Leprosy in India: report of the Leprosy Commission in India, 1890-91
Year: 1890
Disease focus: Leprosy
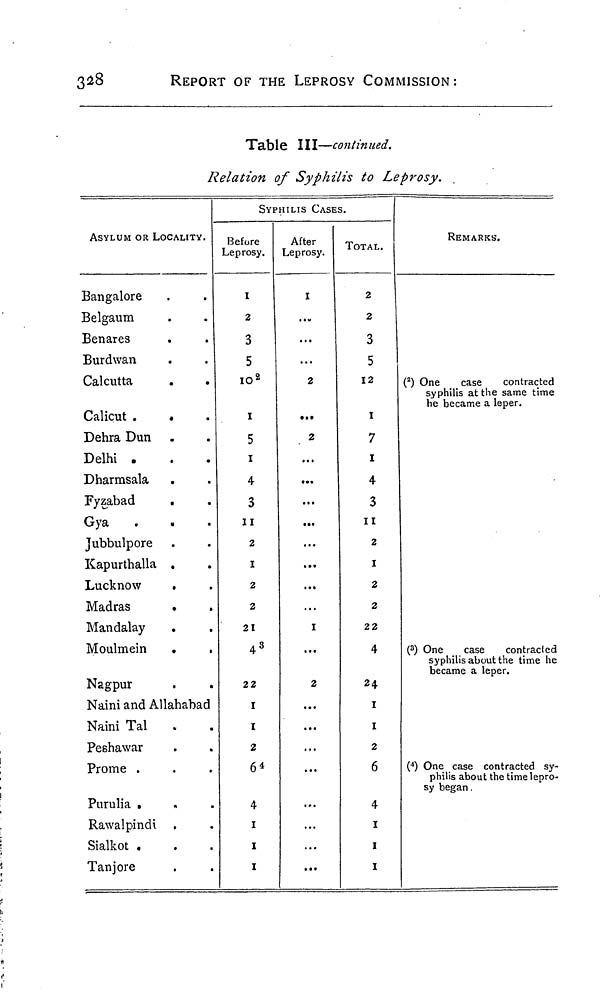
328
REPORT OF THE LEPROSY COMMISSION :
Table III—continued.
Relation of Syphilis to Leprosy.
ASYLUM OR LOCALITY.
Bangalore
Belgaum
Benares
Burdwan
Calcutta
Calicut .
*
Dehra Dun
Delhi .
Dharmsala
Fyzabad
.
Gya
Jubbulpore
Kapurthalla .
Lucknow
•
Madras
Mandalay
.
Moulmein
Nagpur
Naini and Allahabad
Naini Tal
Peshawar
Prome .
.
.
Purulia
.
Rawalpindi
Sialkot «
Tanjore
SYPHILIS CASES.
Before
Leprosy.
I
2
3
5
10 2
1
5
1
4
3
11
2
I
2
2
21
4 3
22
I
I
2
64
4
1
1
I
After
Leprosy.
I
...
...
...
2
• ••
2
...
...
...
...
...
...
...
I
...
2
...
...
...
...
...
TOTAL.
2
2
3
5
12
I
7
1
4
3
II
2
I
2
2
22
4
24
I
I
2
6
4
1
1
1
REMARKS.
( 2 ) One
case
contracted
syphilis at the same time
he became a leper.
( 3 ) One
case
contracted
syphilis about the time he
became a leper.
( 4 ) One case contracted sy-
philis about the time lepro-
sy began.